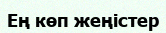
Ең көп жеңістер